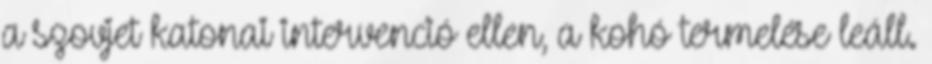
a szovjet katonai intervenció ellen, a kohó termelése leáll.